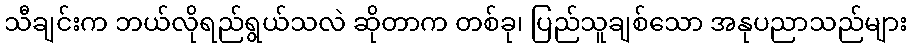
သီချင်းက ဘယ်လိုရည်ရွယ်သလဲ ဆိုတာက တစ်ခု၊ ပြည်သူချစ်သော အနုပညာသည်များ